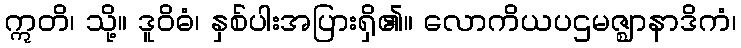
ဣတိ၊ သို့။ ဒူဝိဓံ၊ နှစ်ပါးအပြားရှိ၏။ လောကိယပဌမဇ္ဈာနာဒိကံ၊